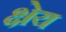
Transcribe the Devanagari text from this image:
क्षेय